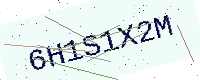
Text: 6H1S1X2M